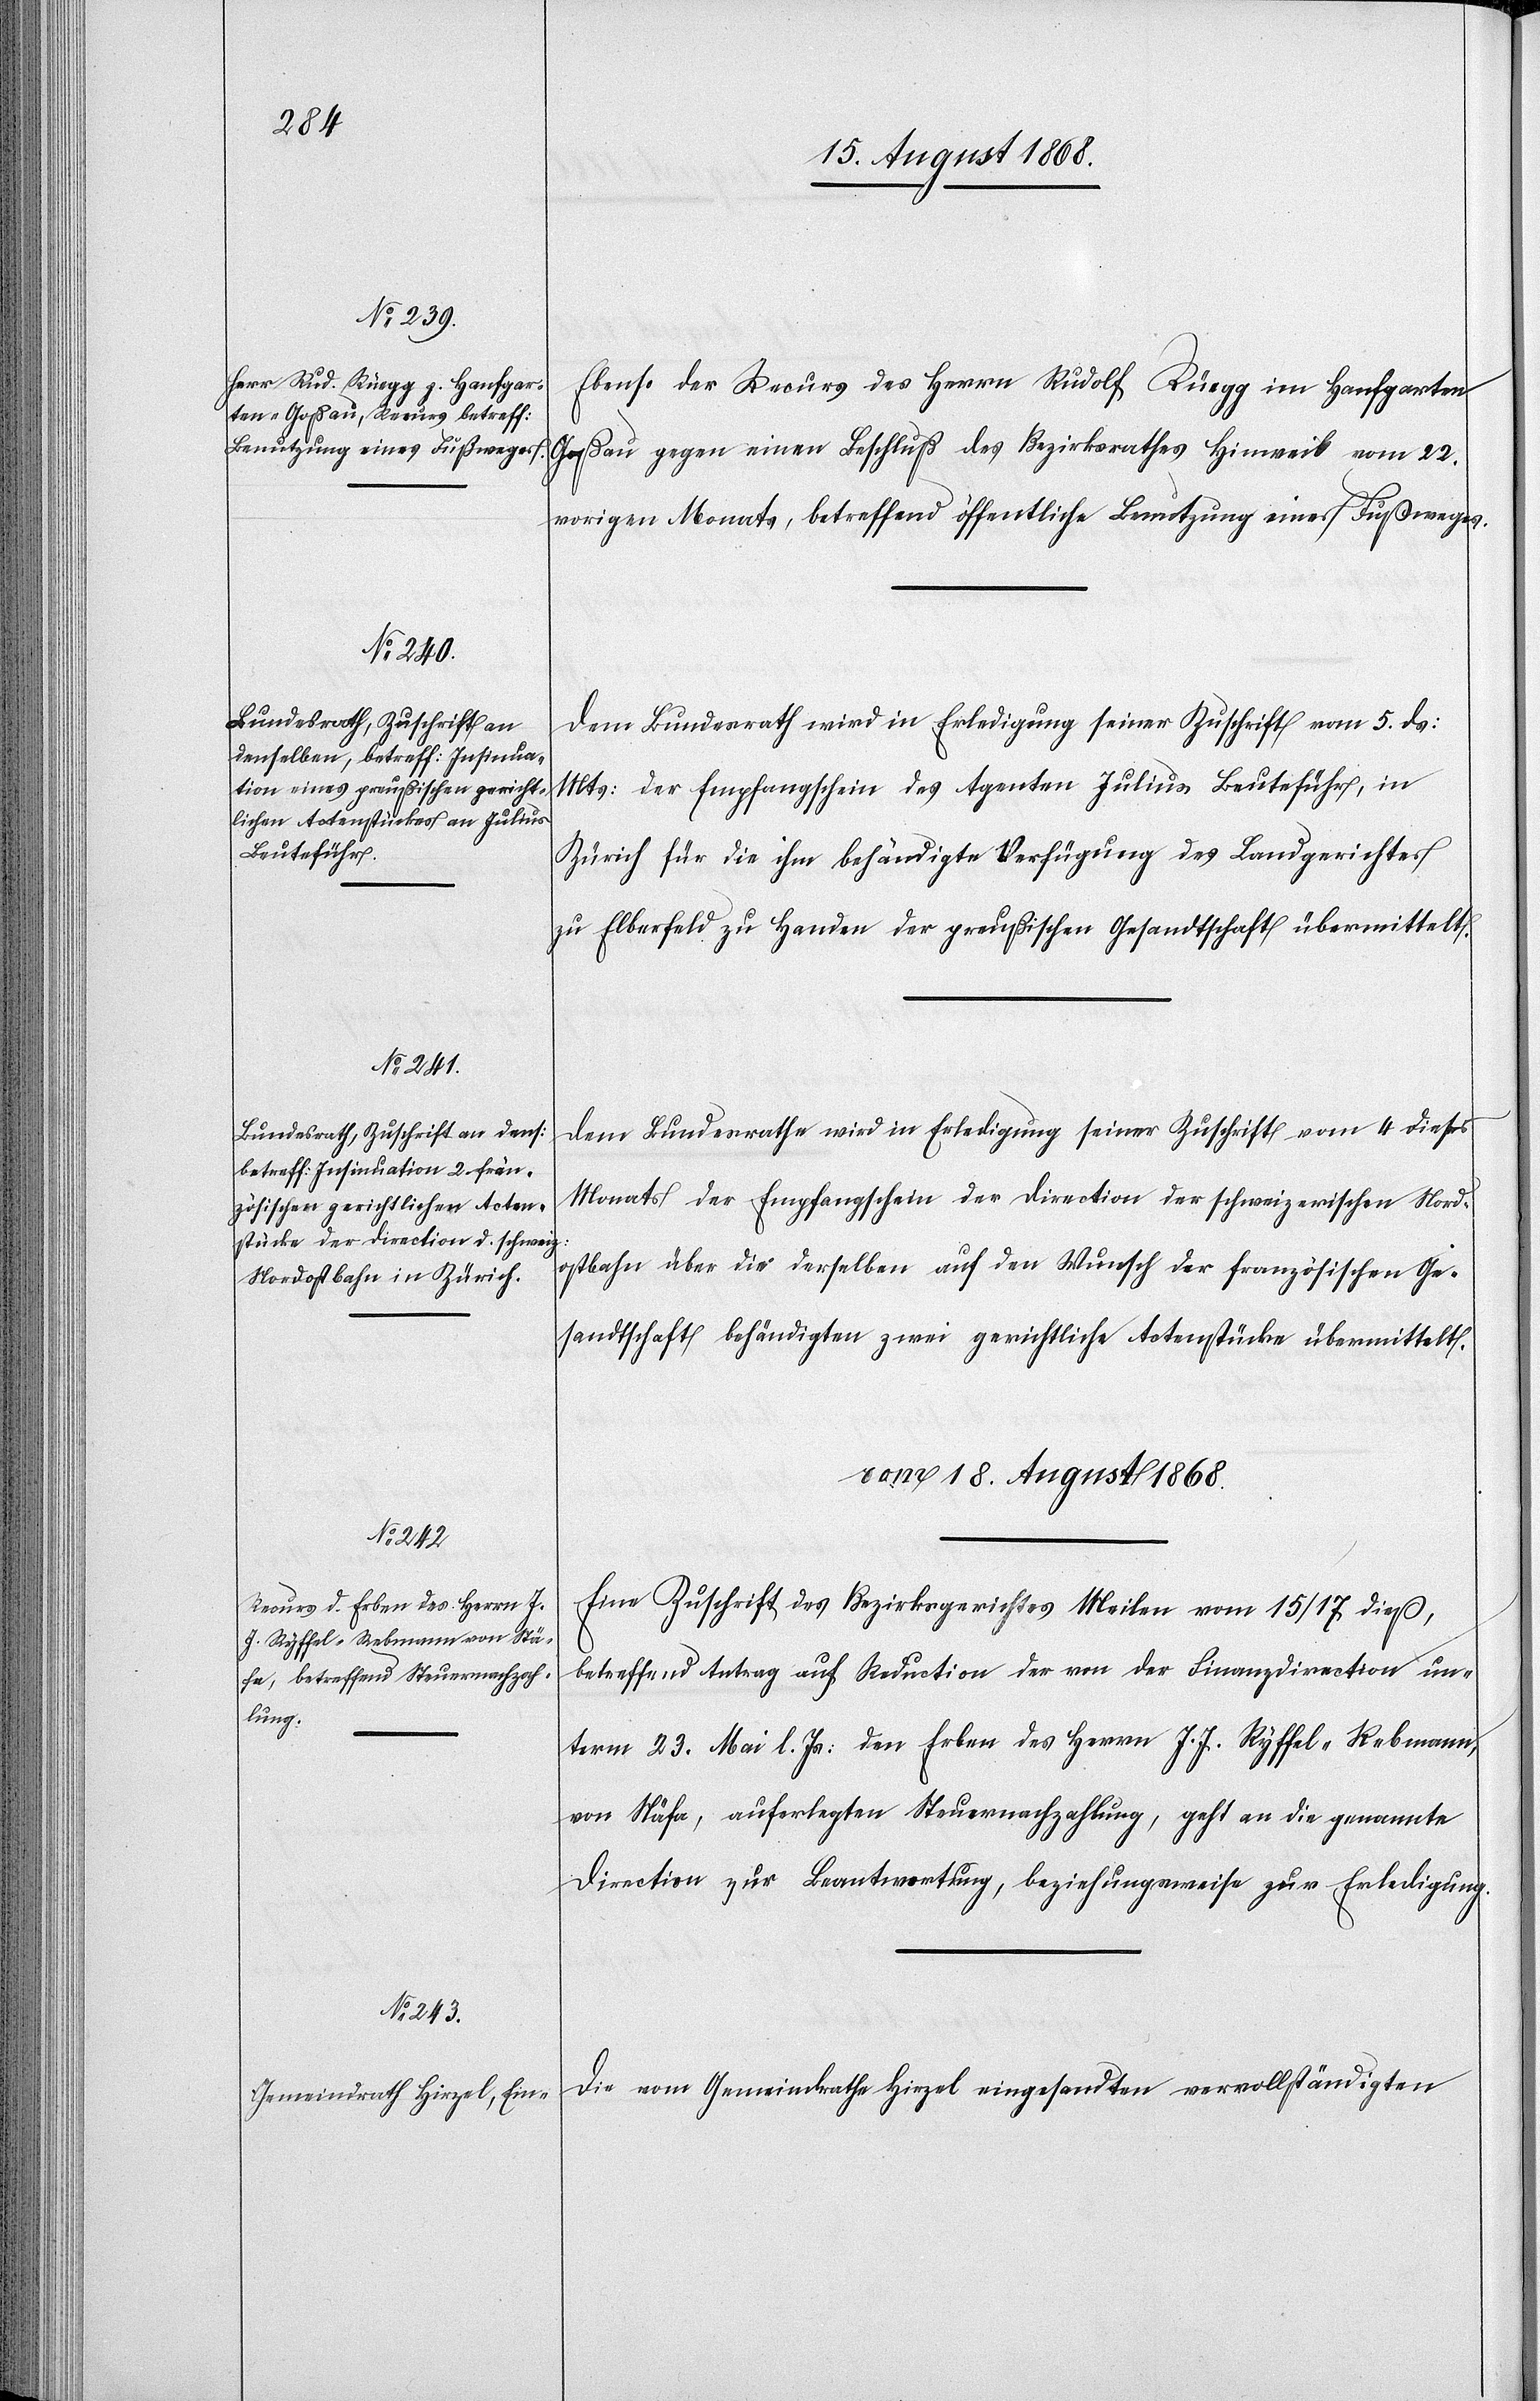
17. August 1868.]
Ebenso der Recurs des Herrn Rudolf Rüegg im Hanfgarten
Goßau gegen einen Beschluß des Bezirksrathes Hinweil vom 22.
vorigen Monats, betreffend öffentliche Benutzung eines Fußweges.
Dem Bundesrath wird in Erledigung seiner Zuschrift vom 5. ds:
Mts: der Empfangschein des Agenten Julius Beuteführ, in
Zürich für die ihm behändigte Verfügung des Landgerichtes
zu Elberfeld zu Handen der preußischen Gesandtschaft übermittelt.
Dem Bundesrathe wird in Erledigung seiner Zuschrift vom 4 dieses
Monats der Empfangschein der Direction der schweizerischen Nord¬
ostbahn über die derselben auf den Wunsch der französischen Ge¬
sandtschaft behändigten zwei gerichtliche Actenstücke übermittelt.
vom 18. August 1868.]
Eine Zuschrift des Bezirksgerichtes Meilen vom 15/17 dieß,
betreffend Antrag auf Reduction der von der Finanzdirection un¬
term 23. Mai l. Js: den Erben des Herrn J. J. Ryffel-Rebmann,
von Stäfa, auferlegten Steuernachzahlung, geht an die genannte
Direction zur Beantwortung, beziehungsweise zur Erledigung.
Die vom Gemeindrathe Hirzel eingesandten vervollständigten